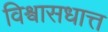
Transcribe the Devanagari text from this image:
विश्वासधात्त